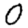
Digit: 0